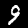
Label: 9